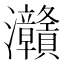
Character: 灨